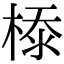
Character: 𣕊